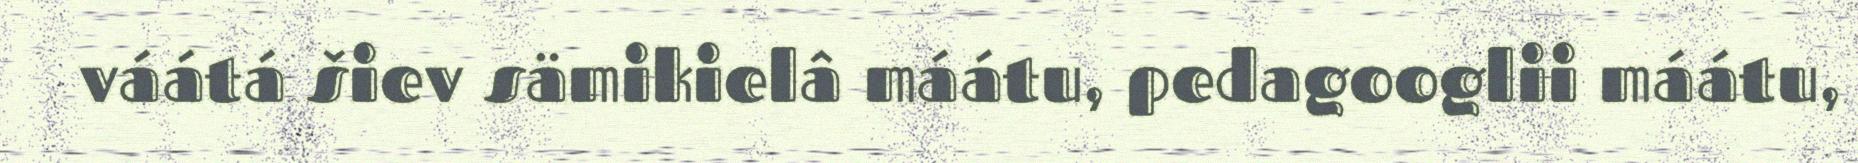
váátá šiev sämikielâ máátu, pedagooglii máátu,